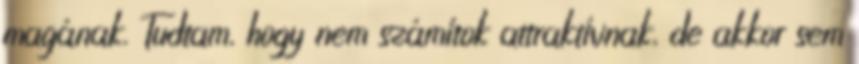
magának. Tudtam, hogy nem számítok attraktívnak, de akkor sem